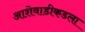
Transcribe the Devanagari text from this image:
आशेवाडीकडला